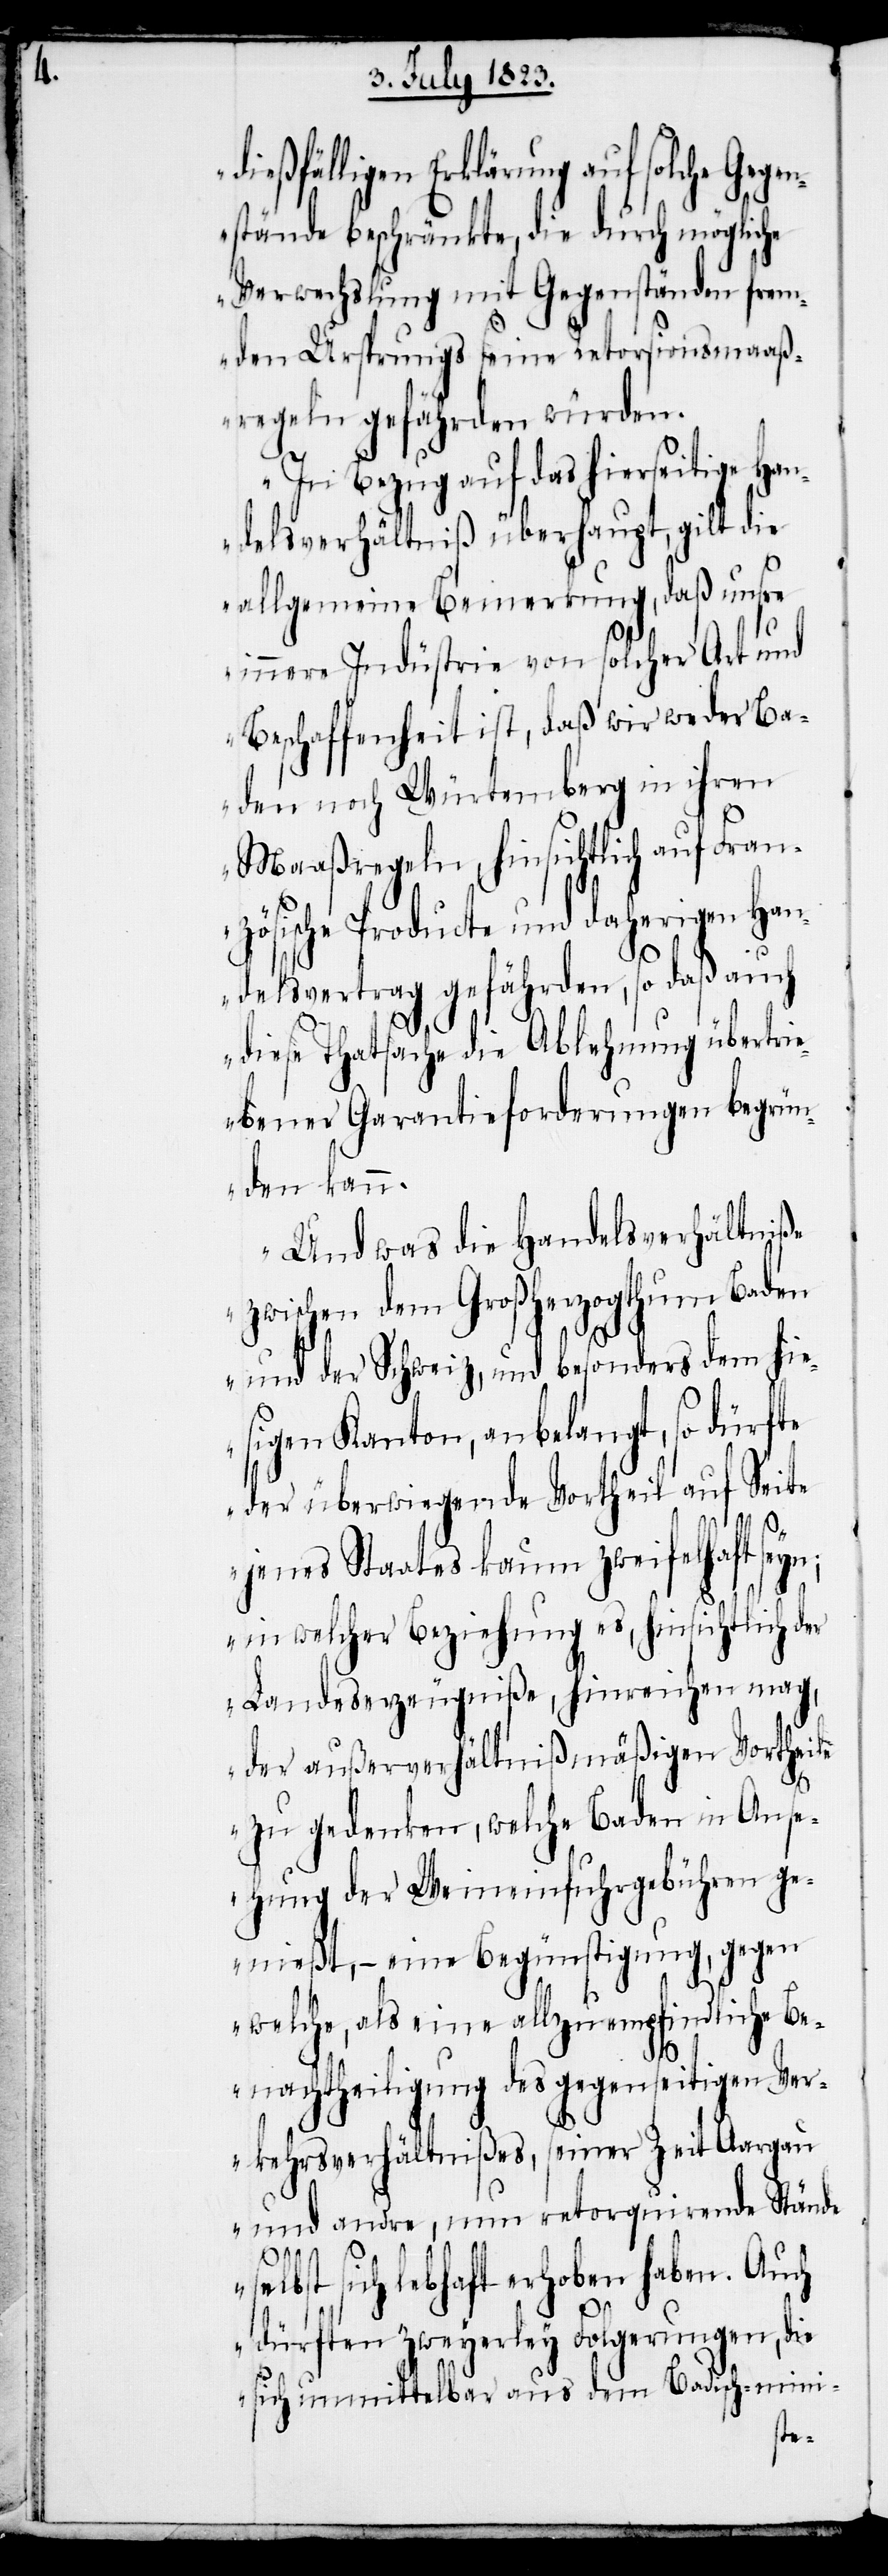
dießfälligen Erklärung auf solche Gege¬
nstände beschränkte, die durch mögliche
Verwechslung mit Gegenständen frem¬
den Ursprungs seine Retorsionsmaaß¬
regeln gefährden würden.
In Bezug auf das hierseitige Han¬
delsverhältniß überhaupt, gilt die
allgemeine Bemerkung, daß unsre
innere Industrie von solcher Art und
Beschaffenheit ist, daß wir weder Ba¬
den noch Würtemberg in ihren
Maaßregeln, hinsichtlich auf Fran¬
zösische Producte und daherigen Han¬
delsvertrag gefährden, so daß auch
diese Thatsache die Ablehnung übertri¬
ebener Garantieforderungen begrün¬
den kann.
Und was die Handelsverhältniße
zwischen dem Großherzogthum Baden
und der Schweiz, und besonders dem hie¬
sigen Kanton, anbelangt, so dürfte
der überwiegende Vortheil auf Seite
jenes Staates kaum zweifelhaft seyn;
in welcher Beziehung es, hinsichtlich der
Landeserzeugniße, hinreichen mag,
der außerverhältnißmäßigen Vortheile
zu gedenken, welche Baden in Anse¬
hung der Weineinfuhrgebühren ge¬
nießt, − eine Begünstigung, gegen
welche, als eine allzu empfindliche Be¬
nachtheiligung des gegenseitigen Ver¬
kehrsverhältnißes, seiner Zeit Aargau
und andre, nun retorquirende Stände
lbst sich lebhaft erhoben haben. Auch
dürften zweyerley Folgerungen, die
sich unmittelbar aus dem Badisch-mini-
se¬